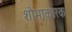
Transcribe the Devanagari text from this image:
शोभाकारक